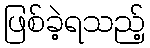
ဖြစ်ခဲ့ရသည့်